Tezpur Lunatic Asylum reports 1877-1894 - 1877-1894
Year: 1877
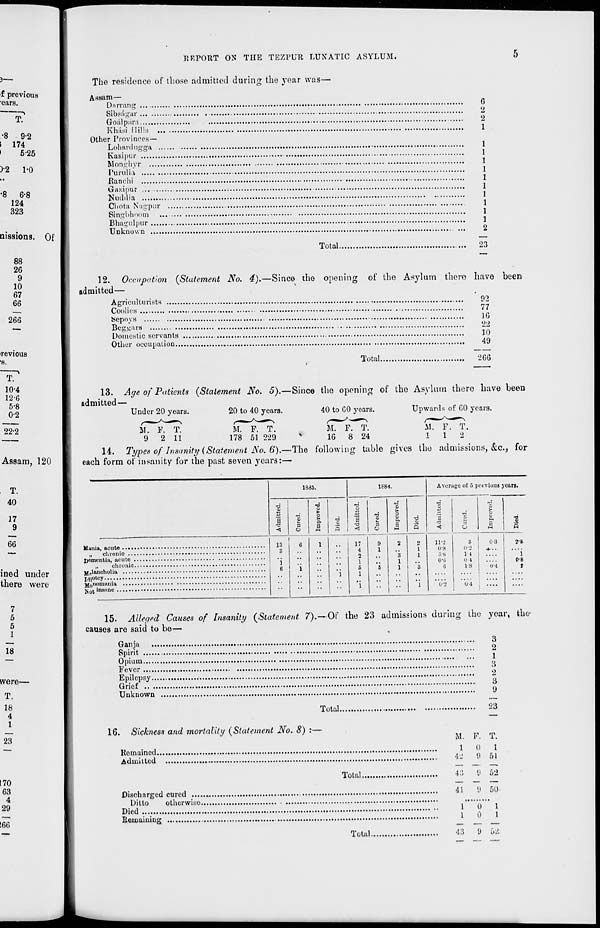
REPORT ON THE TEZPUR LUNATIC ASYLUM.
aissions. Of
The residence of those admitted during the year was—
Assam—
Dnrrang
Sibsngar
Gonlp.ir.i
KKasi Mills ..
Other Provinces—
Lohardugga ..
Kasipur
Monghyr
Purulia
fianchi
Gazipur
Nuddia
Cliota Nagpur
Singbhoom
Bhagulpur
Unknown
8
Total.
23
revious
8.
T.
10-4
12-6
5-8
02
12. Occupation (Statement No. 4).—Since the opening of the Asylum there have been
admitted—
Agriculturists
Coolies
Sepoys
Beggars
Domestic servants
Other occupation..
Total.
92
77
1G
22
10
49
266
13. Age of Patients (Statement No. 6).—Since tbe opening of the Asylum there have been
admitted—
Under 20 years.
20 to 40 years.
40 to CO years.
Upwards of GO years.
SI. F. T.
M. F. T.
M. F. T.
M. F. T.
9 2 11
178 51 229
*
16 8 24
1
1
2
14. Types of Insanity (Statement No. 6).—The following table gives the admissions, &c, for
each form of insanity for the past seven years:—
Mania, acute
„
chronic ...
Dementia, acute .
„
chronic.
Melancholia
Miotcy
«,!, ,1111111:11 nil
ji 0t inanne
1835.
ie84.
•d
•d
>o
13
a
>
>
T3
o
■a
O
a
<U
a.
■o
a
£
■c
a
■a
a
*<\
O
Q
<i
O
t-t
•a
5
13
3
6
1
••
17
4
2
S)
l
2
*3
1
1
1
6
1
••
'i
6
1
'i
6
1
Average of 5 previous years.
■a
<t
9
t>
■a
o
P.
o
a
11*2
tl-8
:i-t>
c
0*2
5
0-8
0'2
•h..
14
0-4
1-8
0-4
0-4
....
2-8
"i
0-8
>
15. Alleapcl Causes of Insanity (Statement 7).—Of the 23 admissions during the yoar, the
causes are said to be—
Ganja
Spirit
Opium
Fever
Epilepsy..
Grief .. ..
Unknown
Total.
3
2
1
3
2
3
9
23
16. Sickness and mortality (Statement No. 8) :—
Remained.
Admitted
Total.
Discharged cured
Ditto
Died
Remaining
otherwise.
M. P. T.
1
42
0
9
1
51
43
9 62
41
9 50
1
1
0
0
1
1
Total.
4IJ
9 D2